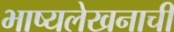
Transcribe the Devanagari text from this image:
भाष्यलेखनाची